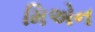
મિએન